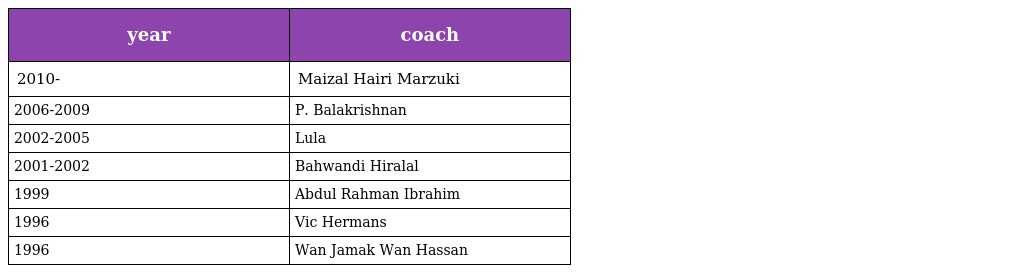
| year | coach |
 | --- | --- |
 | 2010- | Maizal Hairi Marzuki |
 | 2006-2009 | P. Balakrishnan |
 | 2002-2005 | Lula |
 | 2001-2002 | Bahwandi Hiralal |
 | 1999 | Abdul Rahman Ibrahim |
 | 1996 | Vic Hermans |
 | 1996 | Wan Jamak Wan Hassan |